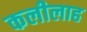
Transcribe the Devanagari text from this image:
कलीलाह